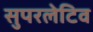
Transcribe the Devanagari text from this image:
सुपरलेटिव